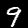
Digit: 9